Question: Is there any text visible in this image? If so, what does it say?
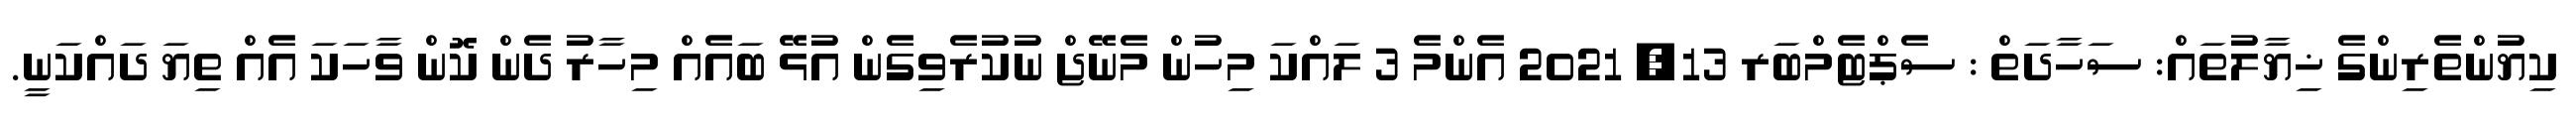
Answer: ކިޔުންތެރިންގެ ޚިޔާލުތައް: ސަހާދަތް : ސެޕްޓެމްބަރ 13, 2021 އެންމެ 3 ލައްކަ މިހުން މެނޭޖް ނުކުރެވިގެން އުޅޭ ބައެއް މިހާރު ދެން ކޮން ވާހަކަ އެއް ތިޔަ ދައްކަނީ.